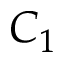
C _ { 1 }